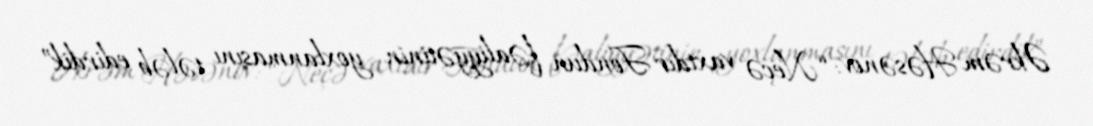
Əkrəm Həsənov: “Neçə vaxtdır Fondun fəaliyyətinin yoxlanmasını tələb edirdik”